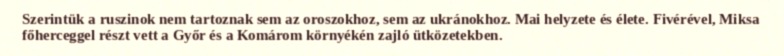
Szerintük a ruszinok nem tartoznak sem az oroszokhoz, sem az ukránokhoz. Mai helyzete és élete. Fivérével, Miksa főherceggel részt vett a Győr és a Komárom környékén zajló ütközetekben.